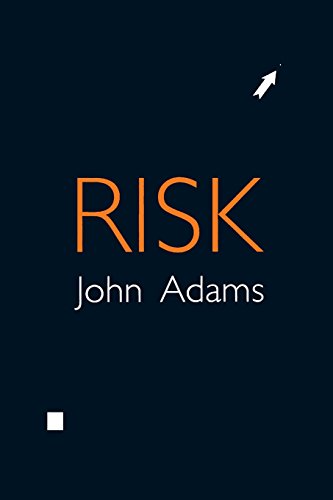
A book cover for Risk; John Adams; Medical Books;